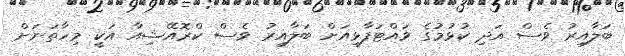
ބަލާއިރު ވެސް އަދި ކުޅުމުގެ ވައްޓަފާޅިއަށް ބަލާއިރު ވެސް ކްރޮއޭޝިއާ އަކީ މިހާތަނަށް